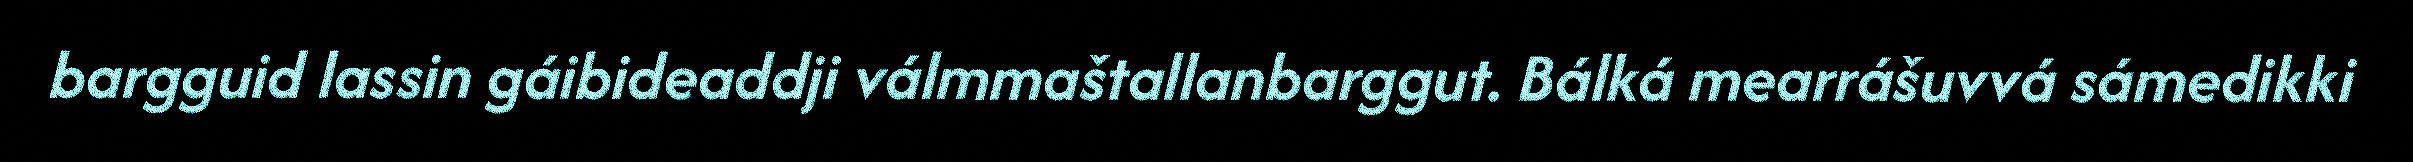
bargguid lassin gáibideaddji válmmaštallanbarggut. Bálká mearrášuvvá sámedikki